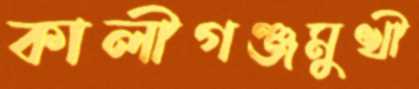
কালীগঞ্জমুখী